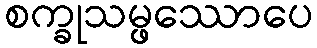
စက္ခုသမ္ဖဿောပေ